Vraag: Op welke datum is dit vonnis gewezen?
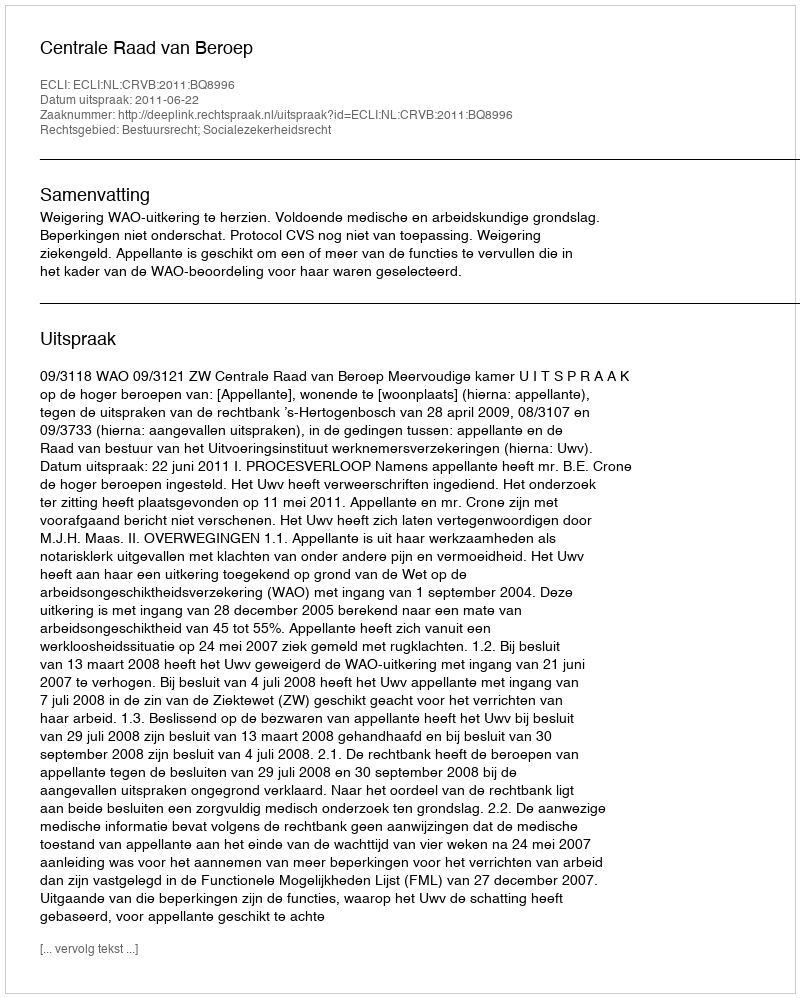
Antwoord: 2011-06-22